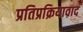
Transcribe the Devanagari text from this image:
प्रतिप्रक्रियावाद